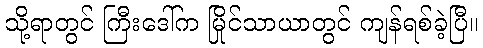
သို့ရာတွင် ကြီးဒေါ်က မြိုင်သာယာတွင် ကျန်ရစ်ခဲ့ပြီ။